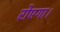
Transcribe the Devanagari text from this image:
रोएगा।